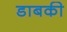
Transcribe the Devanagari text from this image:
डाबकी